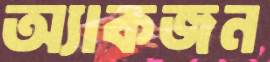
অ্যাকজন